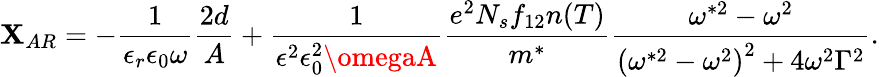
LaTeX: \mathbf{X}_{AR}=-\frac{{1}}{{\epsilon_{r}\epsilon_{0}\omega}}\frac{{2d}}{{A}}+\frac{{1}}{{\epsilon^{2}\epsilon_{0}^{2}\omegaA}}\frac{{e^{2}N_{s}f_{12}n(T)}}{{m^{*}}}\frac{{\omega^{*2}-\omega^{2}}}{{\left(\omega^{*2}-\omega^{2}\right)^{2}+4\omega^{2}\Gamma^{2}}}.